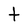
Character: t